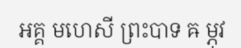
អគ្គ មហេសី ព្រះបាទ ឝ ម្ភុវ